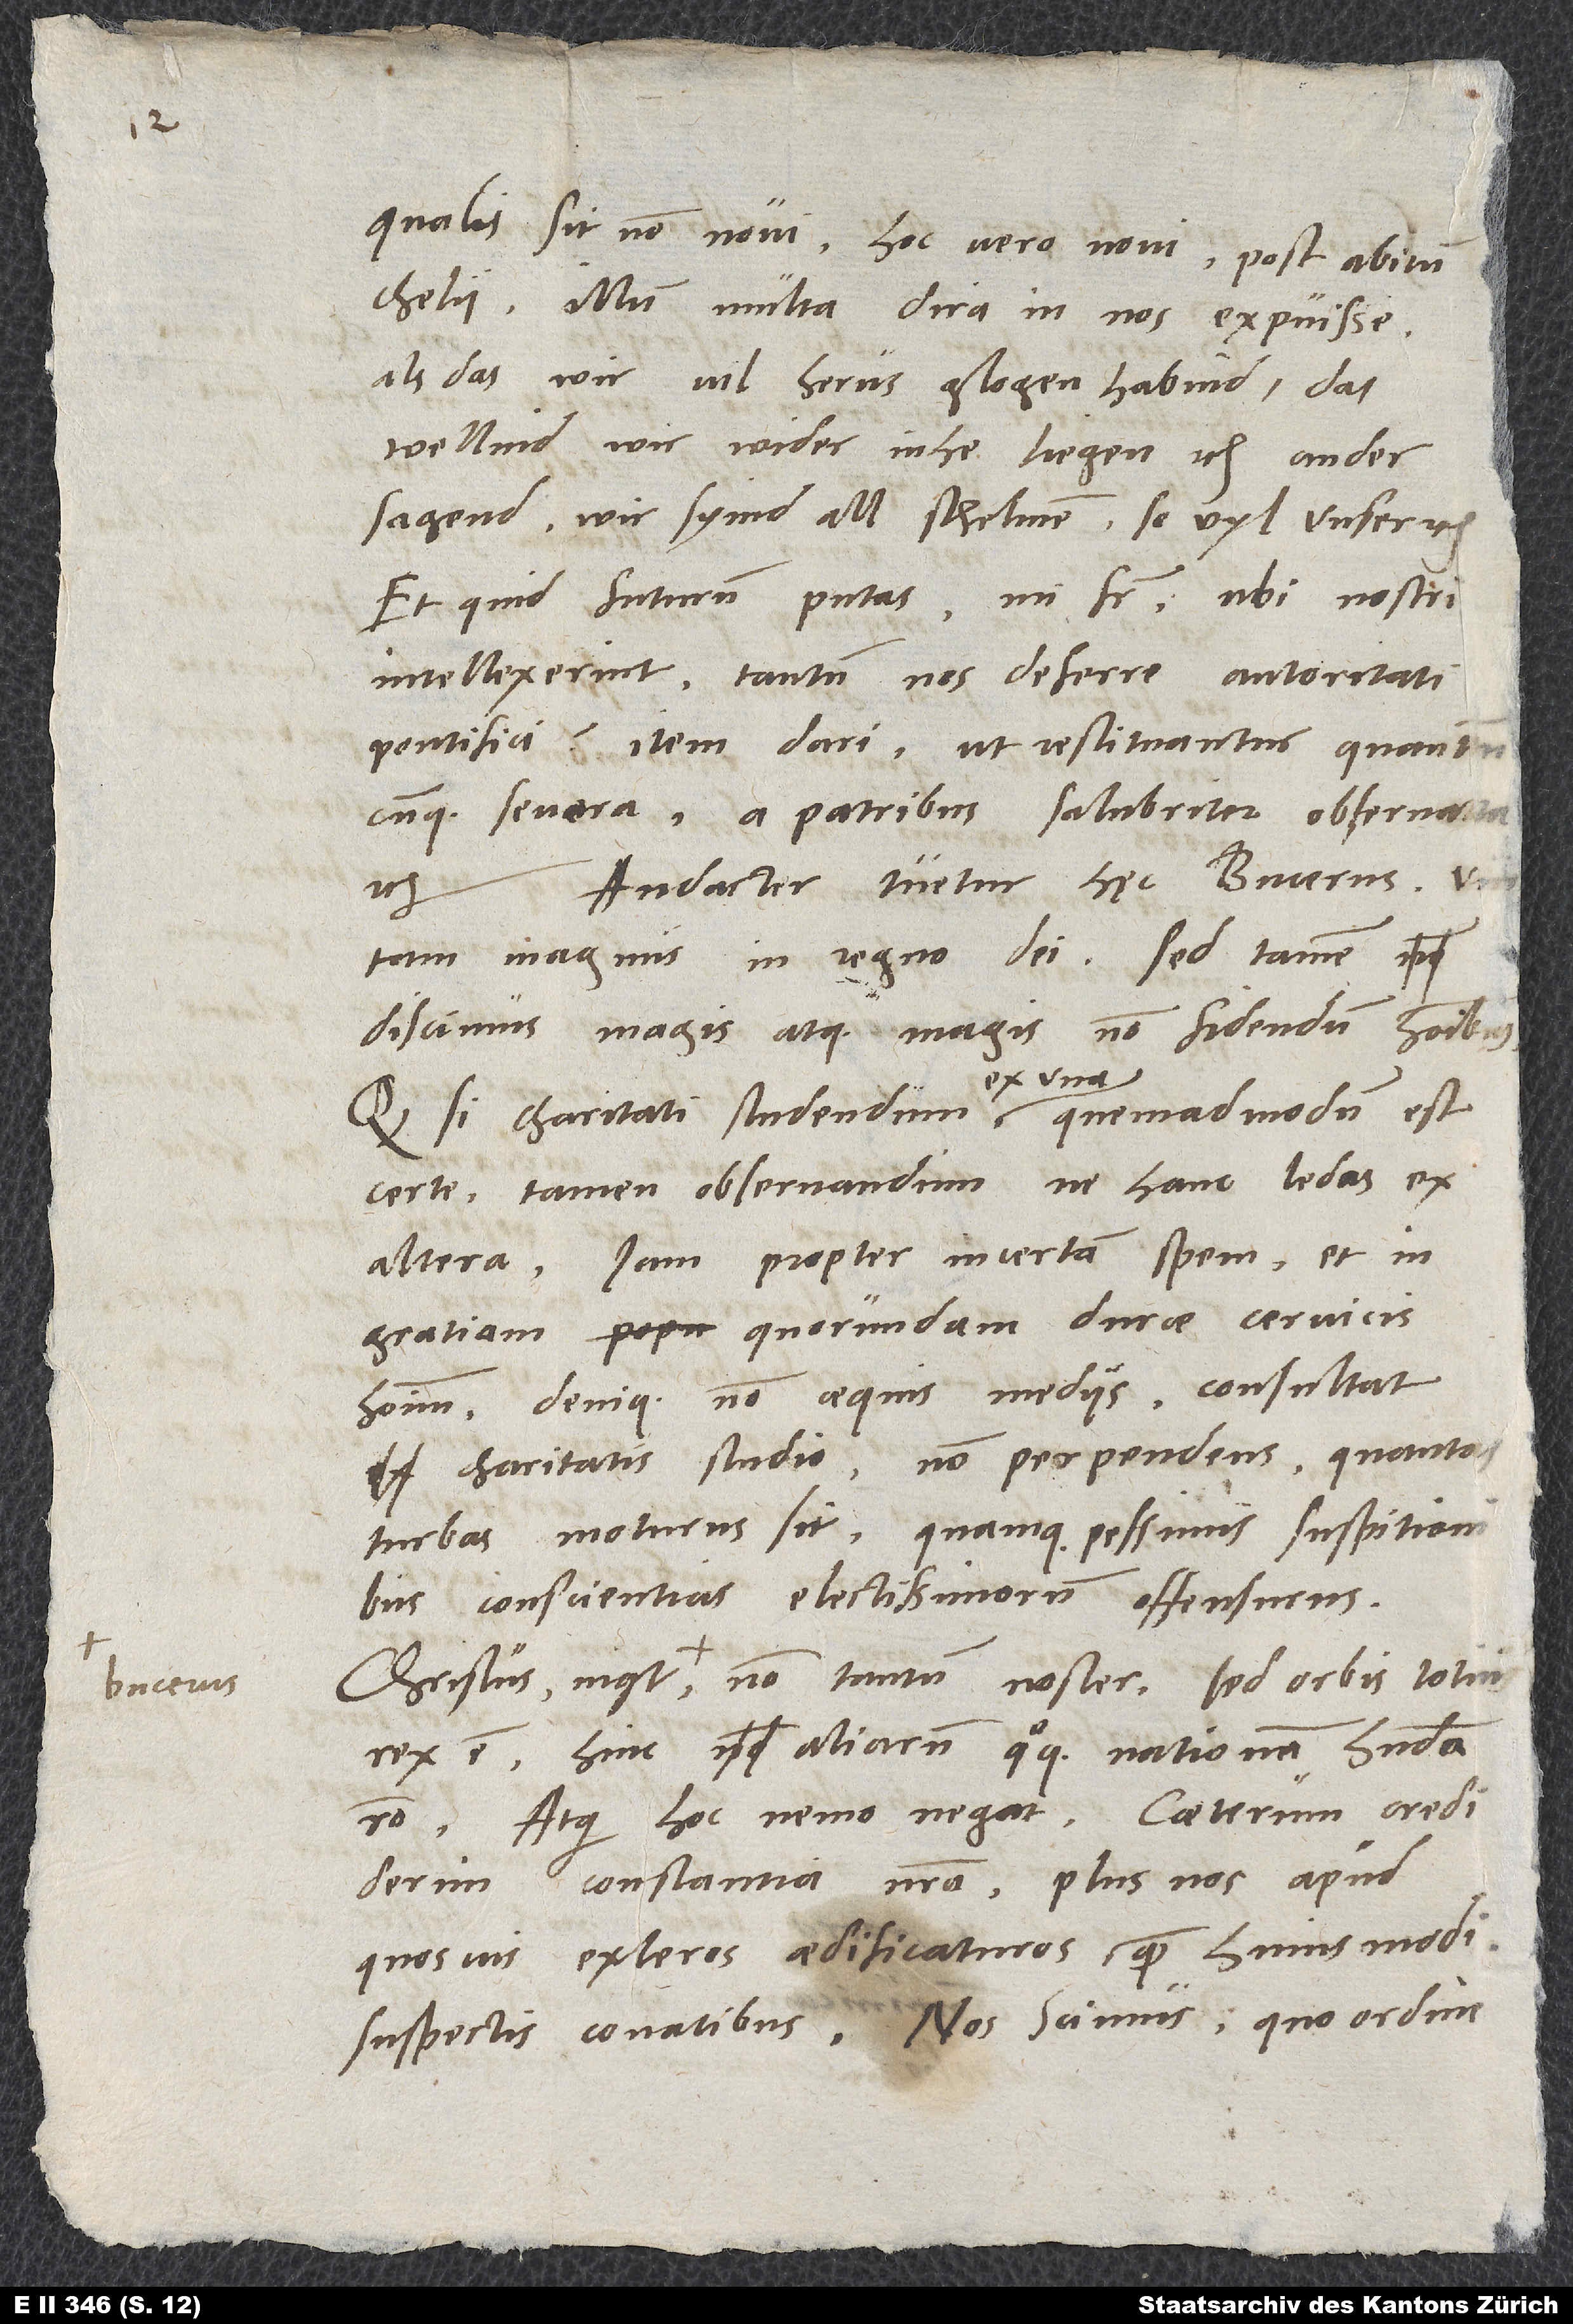
qualis sit, non novi. Hoc vero novi, post abitum
Chelii illum multa dira in nos expuisse,
als: das wir vil herus glogen habind, das
wellend wir wider inhe liegen etc. Ander
sagend, wir syind all schelmen, so vil unser
Et quid futurum putas, mi frater, ubi nostri
intellexerint tantum nos deferre autoritati
pontifici ? Item dari, ut restituantur quantumcunque
severa, a patribus salubriter observata
etc. Audacter tuetur hęc Bucerus, vir
tam magnus in regno dei, sed tamen
discimus magis atque magis non fidendum hominibus.
ex una
certe, tamen observandum, ne hanc ledas ex
altera. Iam propter incertam spem et in
gratiam quorundam durae cervicis
hominum, denique non aequis mediis, consultat
charitatis studio, non perpendens, quantas
turbas moturus sit quamque pessimis suspitionibus
conscientias electissimorum offensurus.
rex est; hinc aliarum quoque nationum habenda
Atque hoc nemo negat. Caeterum crediderim
constantia nostra plus nos apud
quosvis exteros aedificaturos quam huiusmodi